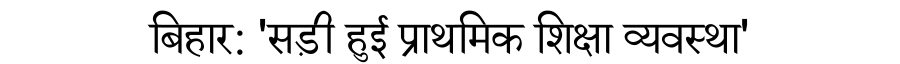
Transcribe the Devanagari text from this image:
बिहार: 'सड़ी हुई प्राथमिक शिक्षा व्यवस्था'